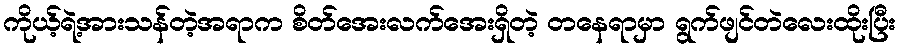
ကိုယ့်ရဲ့အားသန်တဲ့အရာက စိတ်အေးလက်အေးရှိတဲ့ တနေရာမှာ ရွက်ဖျင်တဲလေးထိုးပြီး